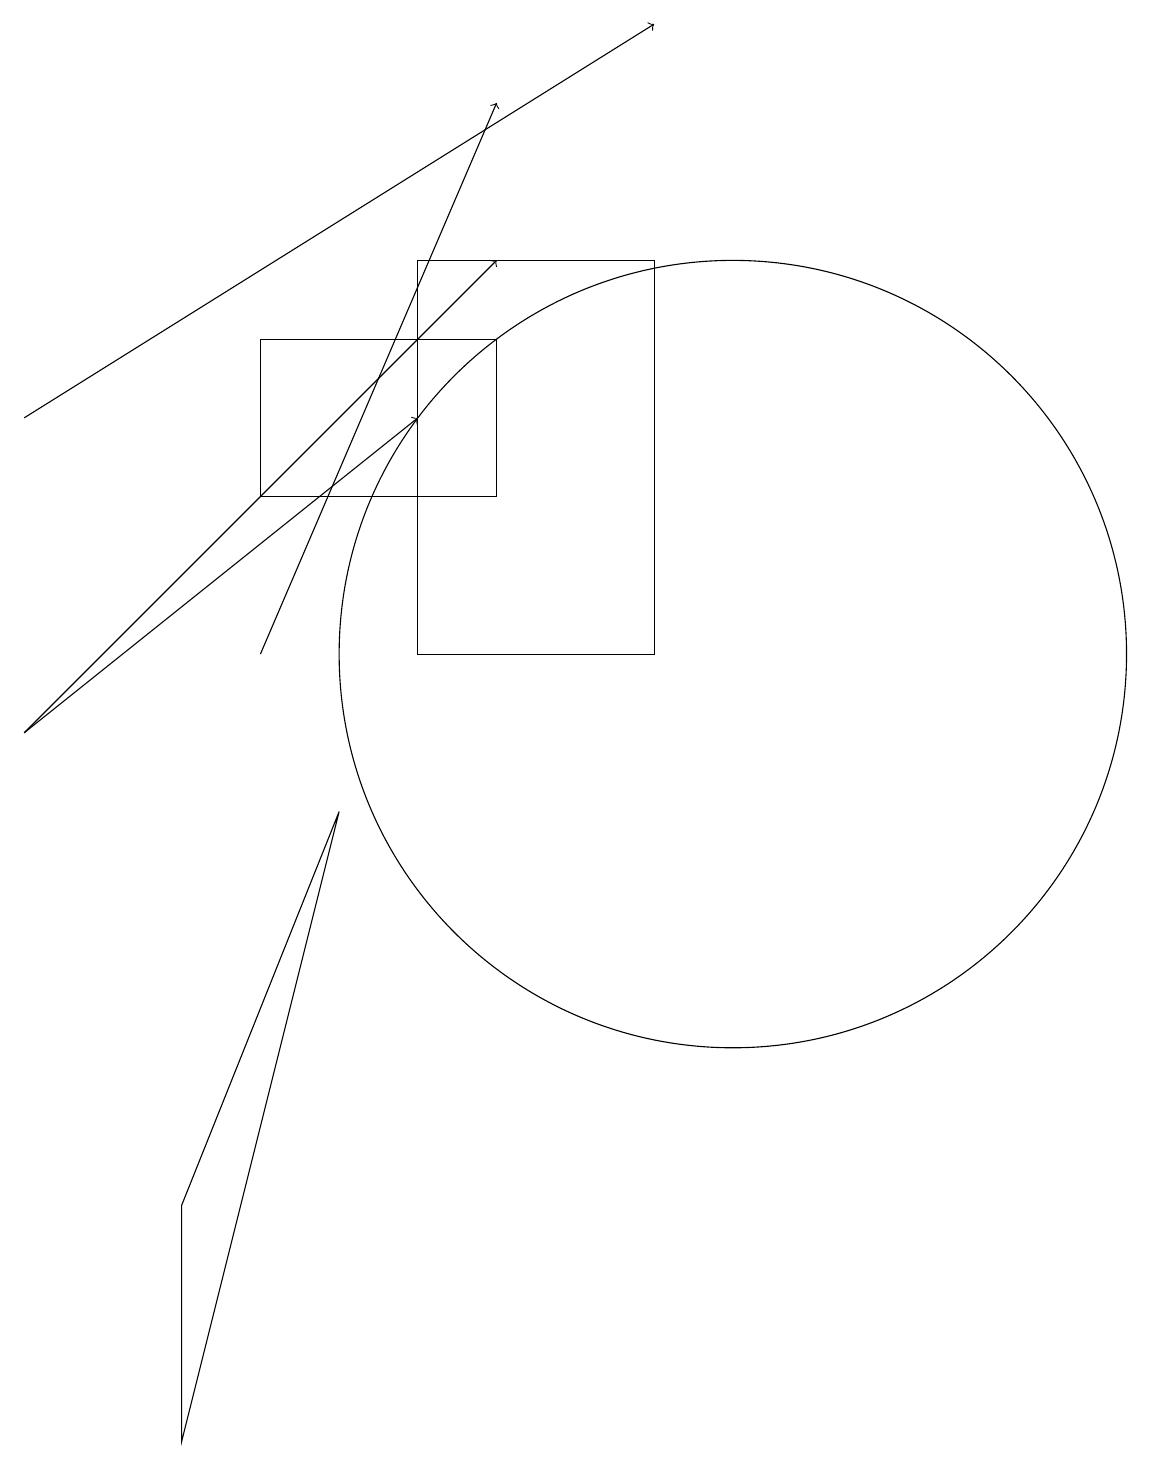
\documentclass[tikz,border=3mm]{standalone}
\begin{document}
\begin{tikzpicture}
\draw[->] (4,11) -- (7,18);
\draw (5,9) -- (3,1) -- (3,4) -- cycle;
\draw[->] (1,10) -- (6,14);
\draw (4,13) rectangle (7,15);
\draw[->] (1,10) -- (7,16);
\draw (10,11) circle (5);
\draw[->] (1,14) -- (9,19);
\draw (6,16) rectangle (9,11);
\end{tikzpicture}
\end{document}